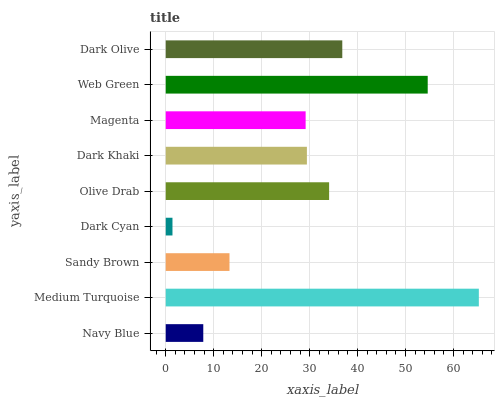
| yaxis_label | bars |
 | --- | --- |
 | Navy Blue | 7.83 |
 | Medium Turquoise | 65.3 |
 | Sandy Brown | 13.3 |
 | Dark Cyan | 1.41 |
 | Olive Drab | 34.1 |
 | Dark Khaki | 29.4 |
 | Magenta | 29.2 |
 | Web Green | 54.6 |
 | Dark Olive | 36.8 |